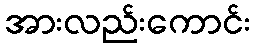
အားလည်းကောင်း